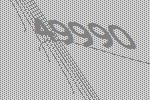
49990